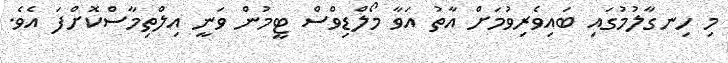
މި ހިނގާލުމުގައި ބައިވެރިވުމަށް އާތު އަވާ މޯލްޑިވްސް ޓީމުން ވަނީ އިލްތިމާސްކޮށްފަ އެވެ.